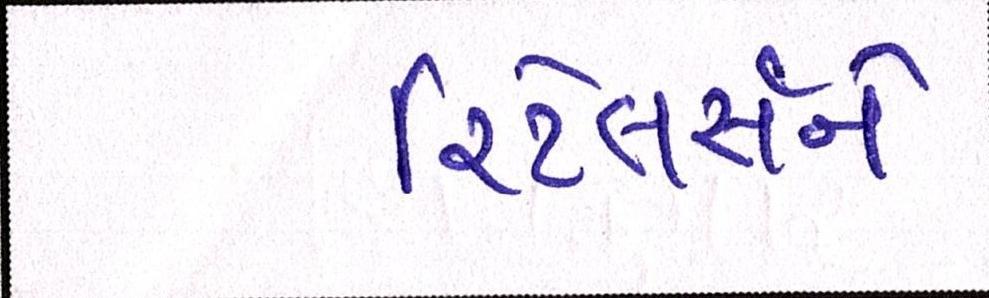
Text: રિટેલર્સને